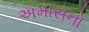
અમાસનો